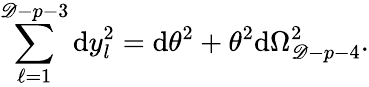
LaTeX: \sum_{\ell=1}^{\mathscr{D}-p-3}\mathrm{d}y_{l}^{2}=\mathrm{d}\theta^{2}+\theta^{2}\mathrm{d}\Omega_{\mathscr{D}-p-4}^{2}.